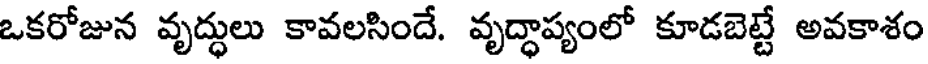
ఒకరోజున వృద్ధులు కావలసిందే. వృద్ధాప్యంలో కూడబెట్టే అవకాశం